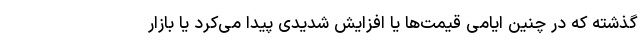
گذشته که در چنین ایامی قیمت‌ها یا افزایش شدیدی پیدا می‌کرد یا بازار